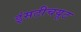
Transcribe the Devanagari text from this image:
इंसटीचयूट